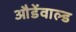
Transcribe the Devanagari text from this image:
औडेंवाल्ड